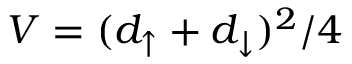
V = ( d _ { \uparrow } + d _ { \downarrow } ) ^ { 2 } / 4